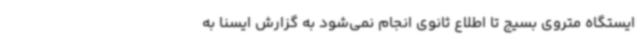
ایستگاه متروی بسیج تا اطلاع ثانوی انجام نمی‌شود به گزارش ایسنا به